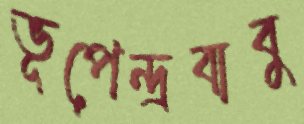
ভূপেন্দ্রবাবু